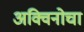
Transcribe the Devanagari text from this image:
अक्विनोचा